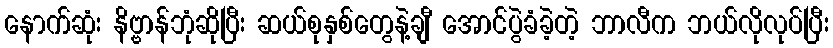
နောက်ဆုံး နိဗ္ဗာန်ဘုံဆိုပြီး ဆယ်စုနှစ်တွေနဲ့ချီ အောင်ပွဲခံခဲ့တဲ့ ဘာလီက ဘယ်လိုလုပ်ပြီး